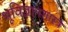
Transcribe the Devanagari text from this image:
भूविज्ञानशास्त्र